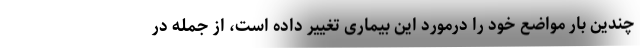
چندین بار مواضع خود را درمورد این بیماری تغییر داده است، از جمله در